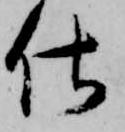
仕